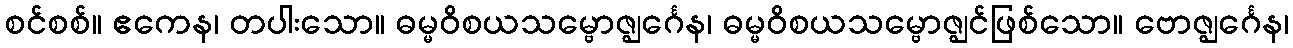
စင်စစ်။ ဧကေန၊ တပါးသော။ ဓမ္မဝိစယသမ္ဗောဇ္ဈင်္ဂေန၊ ဓမ္မဝိစယသမ္ဗောဇ္ဈင်ဖြစ်သော။ ဗောဇ္ဈင်္ဂေန၊